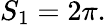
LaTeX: S_{1}=2\pi.